Vaccination in Burma 1920-1933 - 1920-1933
Year: 1920
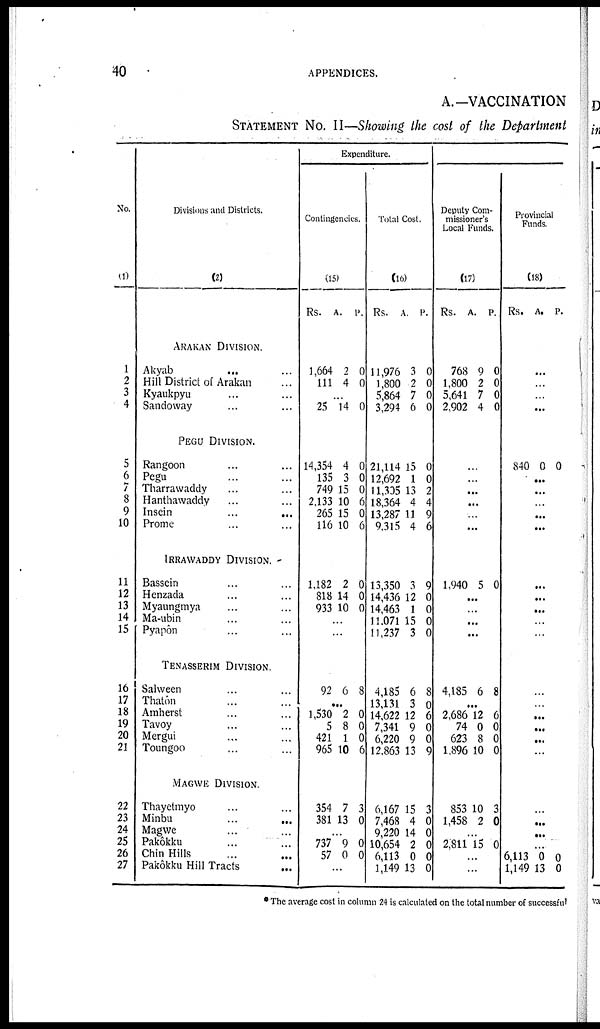
40
APPENDICES.
A.—VACCINATION
STATEMENT NO. II—Showing the cost of the Department
No.
(1)
1
2
3
4
5
6
7
8
9
10
11
12
13
14
15
16
17
18
19
20
21
22
23
24
25
26
27
Divisions and Districts.
(2)
ARAKAN DIVISION.
Akyab
... ...
Hill District of Arakan ...
Kyaukpyu ... ...
Sandoway ... ...
PEGU DIVISION.
Rangoon ... ...
Pegu ... ...
Tharrawaddy ... ...
Hanthawaddy ... ...
Insein
...
...
Prome ... ...
IRRAWADDY DIVISION.
Bassein ... ...
Henzada ... ...
Myaungmya ... ...
Ma-ubin ... ...
Pyapôn ... ...
TENASSERIM DIVISION.
Salween ... ...
Thatôn ... ...
Amherst ... ...
Tavoy ... ...
Mergui ... ...
Toungoo ... ...
MAGWE DIVISION.
Thayetmyo ... ...
Minbu
...
...
Magwe ... ...
Pakôkku ... ...
Chin Hills ... ...
Pakôkku Hill Tracts ...
Expenditure.
Contingencies.
(15)
Rs.
A.
P.
1,664
111
2
4
0
0
...
25 14 0
14,354
135
749
2,133
265
116
4
3
15
10
15
10
0
0
0
6
0
6
1,182
818
933
2
14
10
0
0
0
...
...
92 6 8
...
1,530
5
421
965
2
8
1
10
0
0
0
6
354
381
7
13
3
0
...
737
57
9
0
0
0
...
Total Cost.
(16)
Rs.
A. P.
11,976
1,800
5,864
3,294
3
2
7
6
0
0
0
0
21,114
12,692
11,305
18,364
13,287
9,315
15
1
13
4
11
4
0
0
2
4
9
6
13,350
14,436
14,463
11,071
11,237
3
12
1
15
3
9
0
0
0
0
4,185
13,131
14,622
7,341
6,220
12,863
6
3
12
9
9
13
8
0 6
0
0
9
6,167
7,468
9,220
10,654
6,113
1,149
15
4
14
2
0
13
3
0
0
0
0
0
Deputy Com-
missioner's
Local Funds.
(17)
Rs.
A.
P.
768
1,800
5,641
2,902
9
2
7
4
0
0
0
0
...
...
...
...
...
...
1,940 5 0
...
...
...
...
4,185 6 8
...
2,686
74
623
1,896
12
0
8
10
6
0
0
0
853
1,458
10
2
3
0
...
2,811 15 0
...
...
Provincial
Funds.
(18)
Rs. A. P.
...
...
...
...
840 0 0
...
...
...
...
...
...
...
...
...
...
...
...
...
...
...
...
...
...
...
...
6,113
1,149
0
13
0
0
* The average cost in column 24 is calculated on the total number of successful